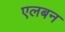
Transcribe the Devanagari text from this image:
एलबन